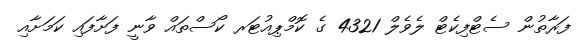
ފަރާތުން ސެޓްފިކެޓް ލެވެލް 4321 ގެ ކޮމްޕިއުޓަރ ކޯސްތައް ވާނީ ފަށާފައި ކަމަށާއި